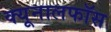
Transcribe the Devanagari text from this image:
क्‍यूनालफॉस